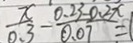
\frac { x } { 0 . 3 } - \frac { 0 . 2 3 - 0 . 2 x } { 0 . 0 7 } = 1